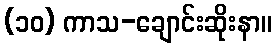
(၁၀) ကာသ-ချောင်းဆိုးနာ။